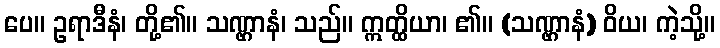
ပေ။ ဥရာဒီနံ၊ တို့၏။ သဏ္ဌာနံ၊ သည်။ ဣတ္ထိယာ၊ ၏။ (သဏ္ဌာနံ) ဝိယ၊ ကဲ့သို့။